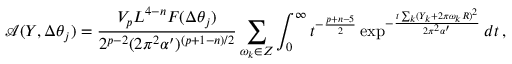
\mathcal { A } ( Y , \Delta \theta _ { j } ) = \frac { V _ { p } L ^ { 4 - n } F ( \Delta \theta _ { j } ) } { 2 ^ { p - 2 } ( 2 \pi ^ { 2 } \alpha ^ { \prime } ) ^ { ( p + 1 - n ) / 2 } } \sum _ { \omega _ { k } \in Z } \int _ { 0 } ^ { \infty } t ^ { - \frac { p + n - 5 } { 2 } } \exp ^ { - \frac { t \sum _ { k } ( Y _ { k } + 2 \pi \omega _ { k } R ) ^ { 2 } } { 2 \pi ^ { 2 } \alpha ^ { \prime } } } d t \, ,